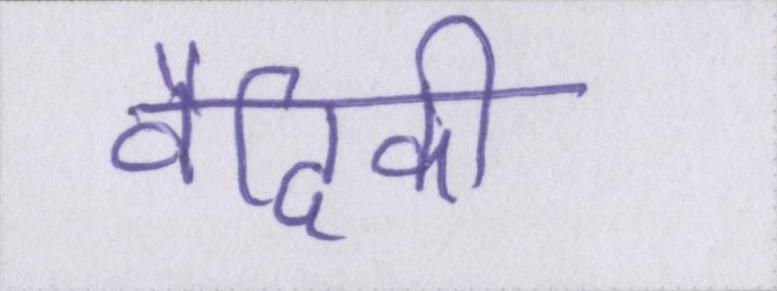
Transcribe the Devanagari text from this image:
वैदिकी